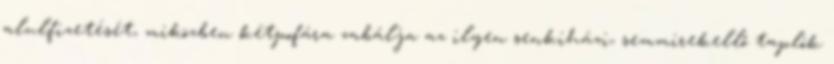
alulfizetését, miközben kétpofára zabálja az ilyen senkiházi, semmirekellő taplók